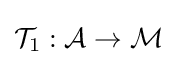
{\mathcal {T}}_{1}:{\mathcal {A}}\rightarrow {\mathcal {M}}